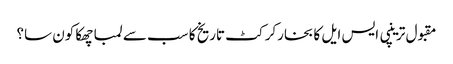
مقبول ترینپی ایس ایل کا بخارکرکٹ تاریخ کا سب سے لمبا چھکا کون سا؟